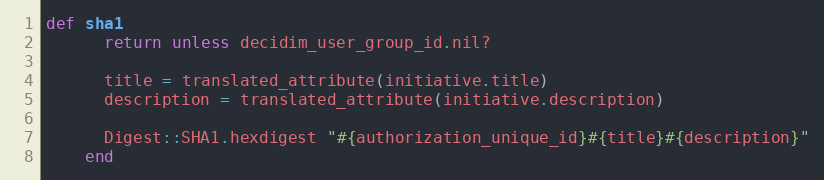
Language: Ruby
def sha1
      return unless decidim_user_group_id.nil?

      title = translated_attribute(initiative.title)
      description = translated_attribute(initiative.description)

      Digest::SHA1.hexdigest "#{authorization_unique_id}#{title}#{description}"
    end